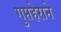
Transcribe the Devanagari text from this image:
गुप्तहेराने